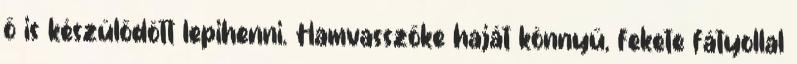
ő is készülődött lepihenni. Hamvasszőke haját könnyű, fekete fátyollal